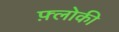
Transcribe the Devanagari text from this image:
फ़्लोकी